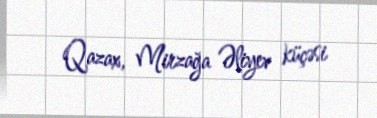
Qazax, Mirzağa Əliyev küçəsi